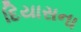
દિયાસના